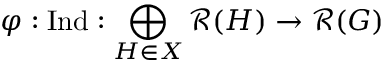
\varphi : { \mathrm { I n d } } : \bigoplus _ { H \in X } { \mathcal { R } } ( H ) \to { \mathcal { R } } ( G )